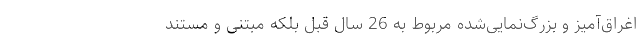
اغراق‌آمیز و بزرگ‌نمایی‌شده مربوط به 26 سال قبل بلکه مبتنی و مستند